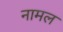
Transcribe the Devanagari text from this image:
नामल